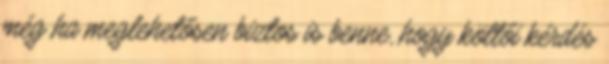
még ha meglehetősen biztos is benne, hogy költői kérdés